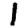
Digit: 1